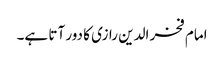
امام فخر الدین رازی کا دور آتا ہے۔